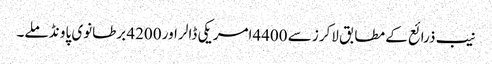
نیب ذرائع کے مطابق لاکرز سے 4400امریکی ڈالر اور 4200 برطانوی پاو نڈ ملے۔